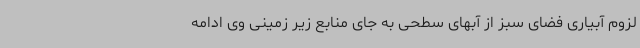
لزوم آبیاری فضای سبز از آبهای سطحی به جای منابع زیر زمینی وی ادامه